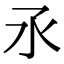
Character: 氶